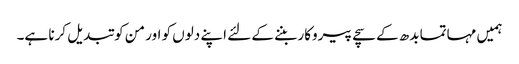
ہمیں مہاتما بدھ کے سچے پیروکار بننے کے لئے اپنے دلوں کو اور من کو تبدیل کرنا ہے۔